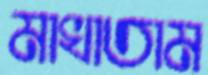
মাখাতাম